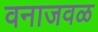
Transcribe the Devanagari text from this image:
वनाजवळ